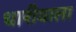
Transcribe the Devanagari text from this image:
धारीवाला